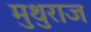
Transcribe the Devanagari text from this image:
मुथुराज